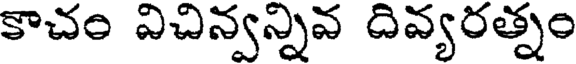
కాచం విచిన్వన్నివ దివ్యరత్నం